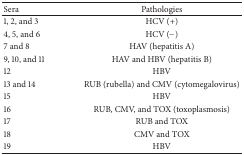
| Sera | Pathologies |
 | --- | --- |
 | 1, 2, and 3 | HCV (+) |
 | 4, 5, and 6 | HCV (−) |
 | 7 and 8 | HAV (hepatitis A) |
 | 9, 10, and 11 | HAV and HBV (hepatitis B) |
 | 12 | HBV |
 | 13 and 14 | RUB (rubella) and CMV (cytomegalovirus) |
 | 15 | HBV |
 | 16 | RUB, CMV, and TOX (toxoplasmosis) |
 | 17 | RUB and TOX |
 | 18 | CMV and TOX |
 | 19 | HBV |